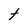
Character: t